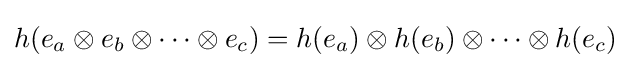
h(e_{a}\otimes e_{b}\otimes \cdots \otimes e_{c})=h(e_{a})\otimes h(e_{b})\otimes \cdots \otimes h(e_{c})